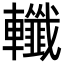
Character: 𨏪